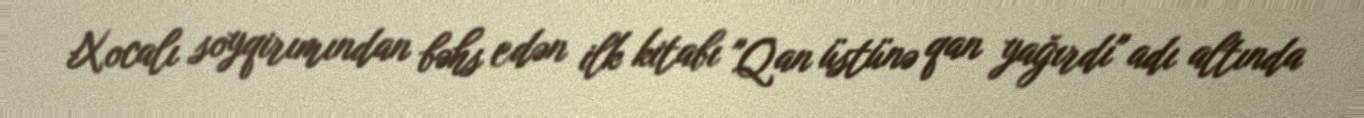
Xocalı soyqirımından bəhs edən ilk kitabı "Qan üstünə qan yağırdı" adı altında